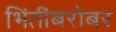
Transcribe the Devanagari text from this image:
भिंतींबरोबर